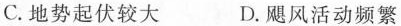
C.地势起伏较大 D.飓风活动频繁